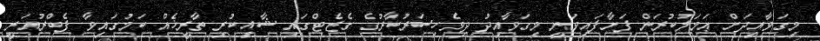
މިގަވާއިދަށް ޢަމަލުކުރަން ފަށާފައިވަނީ މިގަވާއިދު ދިވެހިސަރުކާރުގެ ގެޒެޓްގައި ޝާއިކުރި ތާރީޚެއް ކަމުގައިވާ ފެބްރުއަރީ